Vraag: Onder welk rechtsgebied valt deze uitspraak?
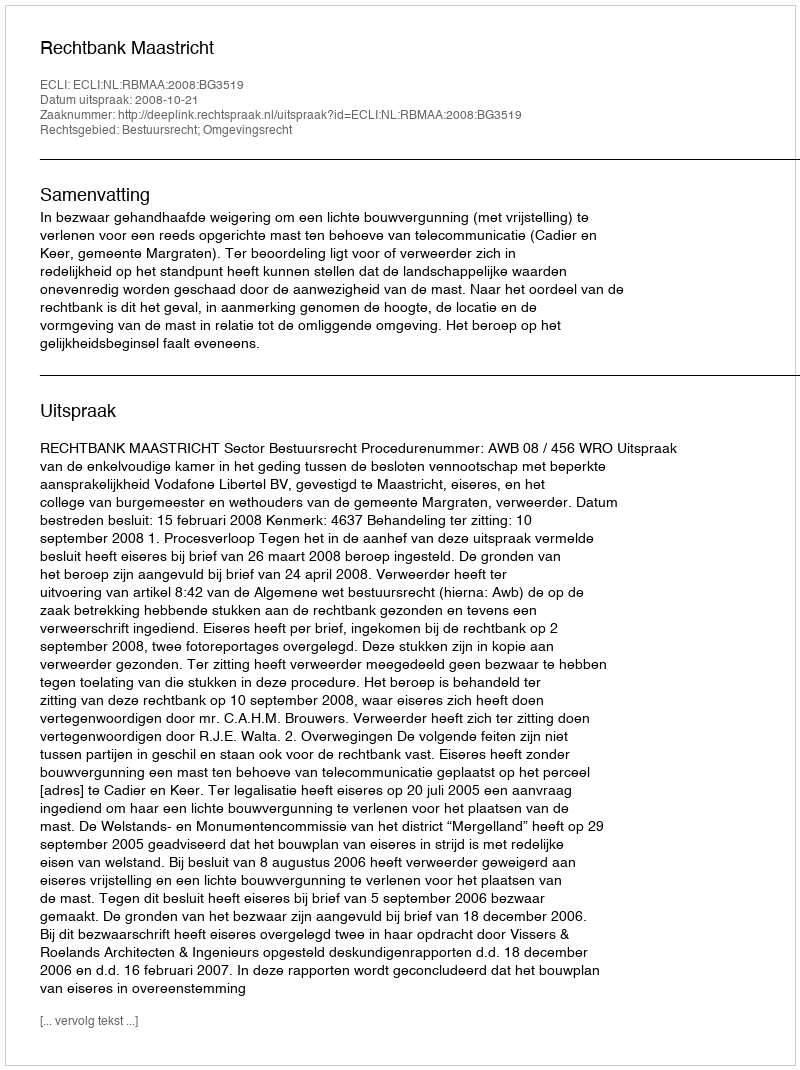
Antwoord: Bestuursrecht; Omgevingsrecht